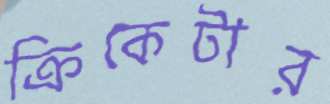
ক্রিকেটার